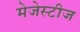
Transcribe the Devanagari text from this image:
मेजेस्टीज